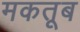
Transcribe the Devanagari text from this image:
मकतूब